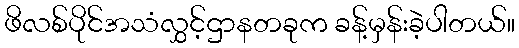
ဖိလစ်ပိုင်အသံလွှင့်ဌာနတခုက ခန့်မှန်းခဲ့ပါတယ်။